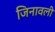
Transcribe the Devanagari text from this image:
जिनावली